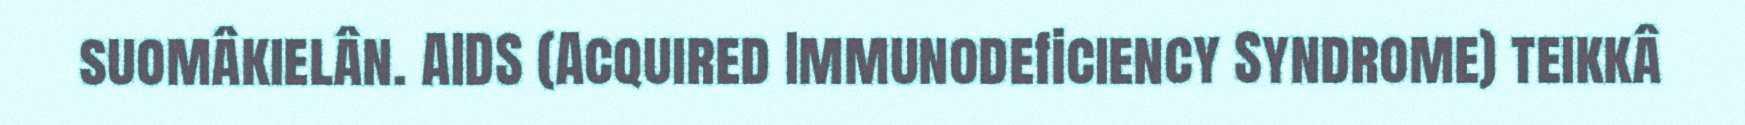
suomâkielân. AIDS (Acquired Immunodeficiency Syndrome) teikkâ